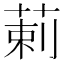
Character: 䓶